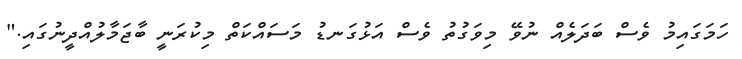
ހަމަގައިމު ވެސް ބަދަލެއް ނުވޭ މިވަގުތު ވެސް އަޅުގަނޑު މަސައްކަތް މިކުރަނީ ބާޖަމާލުއްދީނުގައި."